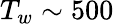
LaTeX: T_{w}\sim 500